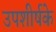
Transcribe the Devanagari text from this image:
उपशीर्षके